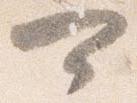
可